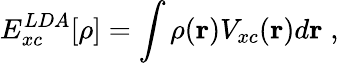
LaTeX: E_{xc}^{LDA}[\rho]=\int\rho({\mathbf r})V_{xc}({\mathbf r})d{\mathbf r}\; ,